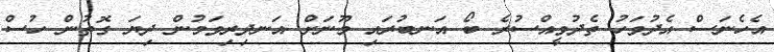
އެހެނަސް އެދުވަހު ތެދުވީއްސުރެ ބޯ އަނބުރައި މޫނަށް އަނދިރިވަމުން ދިޔަ ގޮތުން ހުސް